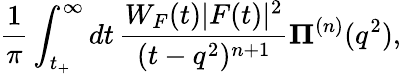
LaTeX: \frac{1}{\pi}\int_{t_{+}}^{\infty}dt\, \frac{W_{F}(t)|F(t)|^{2}}{(t-q^{2})^{n+1}}\le\Pi^{(n)}(q^{2}),